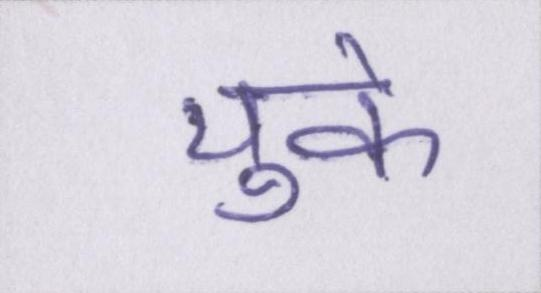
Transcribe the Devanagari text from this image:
चुके